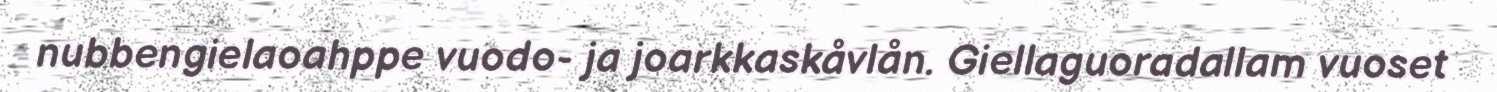
nubbengielaoahppe vuodo- ja joarkkaskåvlån. Giellaguoradallam vuoset